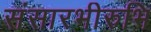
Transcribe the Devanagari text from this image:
संसारभीरुभि